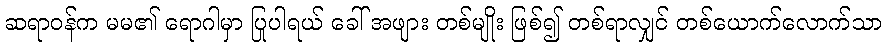
ဆရာဝန်က မမ၏ ရောဂါမှာ ပြုပါရယ် ခေါ် အဖျား တစ်မျိုး ဖြစ်၍ တစ်ရာလျှင် တစ်ယောက်လောက်သာ